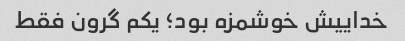
خداییش خوشمزه بود؛ یکم گرون فقط